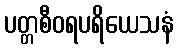
ပတ္တစီဝရပရိယေသနံ